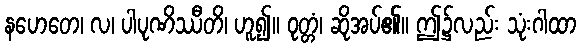
နဟေတေ၊ လ၊ ပါပုဏိဿီတိ၊ ဟူ၍။ ဝုတ္တံ၊ ဆိုအပ်၏။ ဤ၌လည်း သုံးဂါထာ